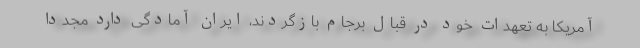
آمریکا به تعهدات خود در قبال برجام بازگردند، ایران آمادگی دارد مجدداً